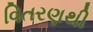
વિતરણથી